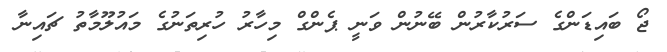
ޖޯ ބައިޑަންގެ ސަރުކާރުން ބޭނުން ވަނީ ޕެންގް މިހާރު ހުރިތަނުގެ މައުލޫމާތު ޗައިނާ